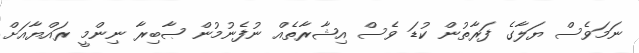
ނަމަވެސް ޔަލާގެ ފަރާތުން ކުޑަ ވެސް އިޝާރާތެއް ނުފެނުމުން ޞާބިރާ ނިންމީ ރައްޔާއަށް